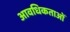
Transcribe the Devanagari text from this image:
आवधिकताओं